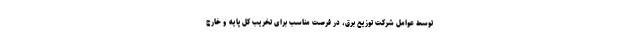
توسط عوامل شرکت توزیع برق، در فرصت مناسب برای تخریب کل پایه و خارج